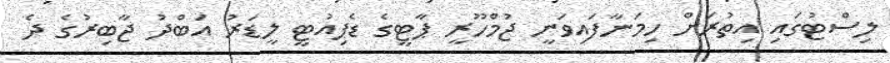
ލިސްޓުގައި އިތުރަށް ހިމަނާފައިވަނީ ޖުމްހޫރީ ޕާޓީގެ ޑެޕިއުޓީ ލީޑަރު އަބްދު ޖާބިރުގެ ދެ